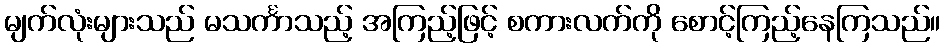
မျက်လုံးများသည် မသင်္ကာသည့် အကြည့်ဖြင့် စကားလက်ကို စောင့်ကြည့်နေကြသည်။